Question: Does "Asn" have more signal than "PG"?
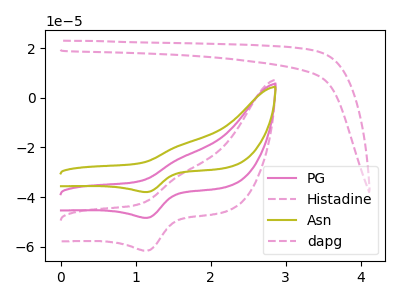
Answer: <think>The pink curve "PG" has an anodic peak at (1.60V, -24.40uA) and a cathodic peak at (1.15V, -48.40uA). The pink dashed curve "Histadine" has an anodic peak at (1.60V, -48.75uA) and a cathodic peak at (1.15V, -96.75uA). The olive curve "Asn" has an anodic peak at (1.60V, -19.15uA) and a cathodic peak at (1.15V, -37.95uA). The pink dashed curve "dapg" has no peaks.
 All the peaks in "Asn" have a peak in "PG" at the same potential.</think>
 <answer>I cant tell if "Asn" or "PG" has more signal.</answer>
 <eval>mixed_signal</eval>